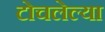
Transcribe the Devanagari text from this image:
टोचलेल्या